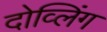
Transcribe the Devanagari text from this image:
दोव्लिंग